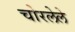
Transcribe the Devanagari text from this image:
चोरलेले